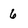
Character: 6